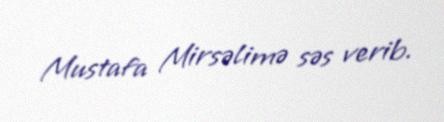
Mustafa Mirsəlimə səs verib.